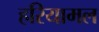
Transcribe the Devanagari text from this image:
हरियामल